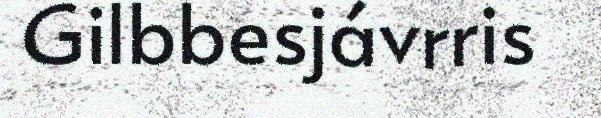
Gilbbesjávrris